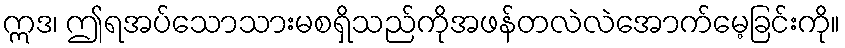
ဣဒ၊ ဤရအပ်သောသားမစရှိသည်ကိုအဖန်တလဲလဲအောက်မေ့ခြင်းကို။